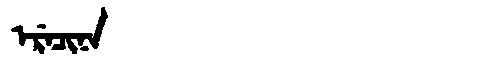
Manchu: ᡝᡵᡝᠴᡳᠨᠠ
Romanization: ERECINA